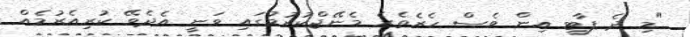
"މި ދެ ޕާޓީ އިން ވެސް ހެރެތެރެ މެނޭޖްކުރުމުގައި ވަނީ އެދެވޭ ކުރިއެރުމެއް